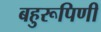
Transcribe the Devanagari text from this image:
बहुरूपिणी